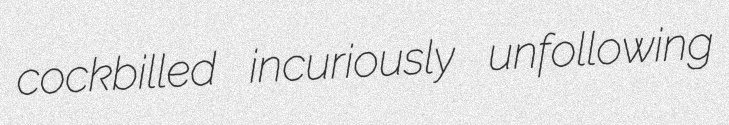
cockbilled incuriously unfollowing